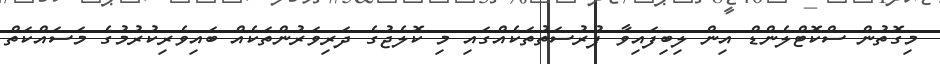
މިގޮތުން ސްކޮޓްލެންޑް އިން ލިބިފައިވާ ފުރުސަތުތަކެއްގައި މި ކޮލެޖުގެ ދަރިވަރުންތަކެއް ބައިވެރިކުރުމުގެ މަސައްކަތް